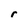
Character: r